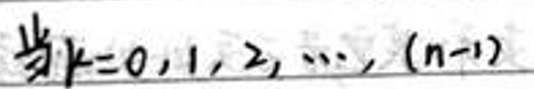
当$k = 0,1,2,\cdots,(n - 1)$